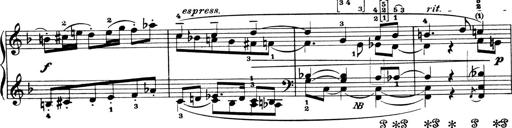
Title: 4 Sonatines
Composer: Max Reger